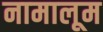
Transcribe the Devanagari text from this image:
नामालूम